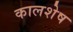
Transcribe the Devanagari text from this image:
कालशेष